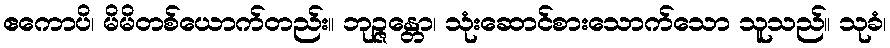
ဧကောပိ၊ မိမိတစ်ယောက်တည်း။ ဘုဉ္ဇန္တော၊ သုံးဆောင်စားသောက်သော သူသည်။ သုခံ၊